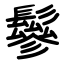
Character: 鬖